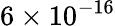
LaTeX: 6\times 10^{-16}